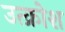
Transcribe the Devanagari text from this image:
उत्क्रोश